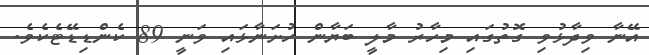
އޭނާ ވިދާޅުވި ގޮތުގައި މިހާރު މާލީ ބަޔާން ހުށަނާޅައި ވަނީ 89 ކެންޑިޑޭޓެކެވެ.